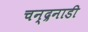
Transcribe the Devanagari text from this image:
चन्द्रनाडी